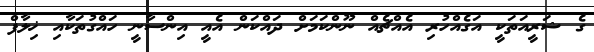
ގެ ޝަރީއަތަކީ އަގެއްހުރި އެއްޗެއް ނޫންކަމަށް ދައްކަން އެއީ އިންސާނީ ހައްގުތަކާއި ޚިލާފް